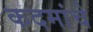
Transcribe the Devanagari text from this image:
कदमांचे